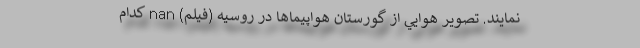
‌­نمایند. تصوير هوايي از گورستان هواپيماها در روسيه (فیلم) nan کدام